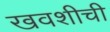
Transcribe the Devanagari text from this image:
खवशीची